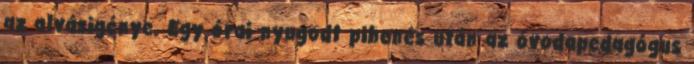
az alvásigénye. Egy órai nyugodt pihenés után az óvodapedagógus